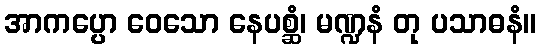
အာကပ္ပော ဝေသော နေပစ္ဆံ၊ မဏ္ဍနံ တု ပသာဓနံ။